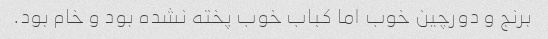
برنج و دورچین خوب اما کباب خوب پخته نشده بود و خام بود.